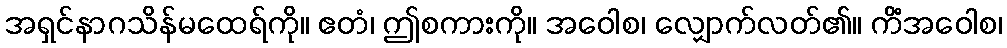
အရှင်နာဂသိန်မထေရ်ကို။ ဧတံ၊ ဤစကားကို။ အဝေါစ၊ လျှောက်လတ်၏။ ကိံအဝေါစ၊